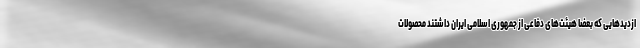
ازدیدهایی که بعضا هیئت‌های دفاعی از جمهوری اسلامی ایران داشتند محصولات